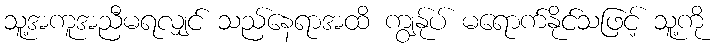
သူ့အကူအညီမရလျှင် သည်နေရာအထိ ကျွန်ုပ် မရောက်နိုင်သဖြင့် သူ့ကို